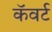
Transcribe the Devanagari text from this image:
कॅवर्ट